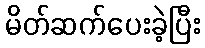
မိတ်ဆက်ပေးခဲ့ပြီး